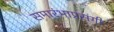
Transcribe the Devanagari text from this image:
समारंभाप्रसंगी